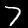
Label: 7